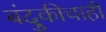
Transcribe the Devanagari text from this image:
बंदुकीचाही